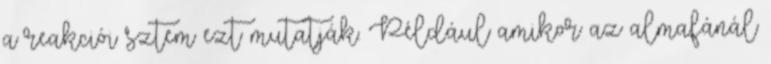
a reakciói sztem ezt mutatják. Például amikor az almafánál